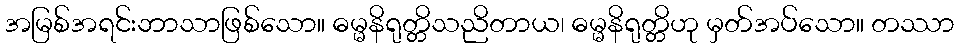
အမြစ်အရင်းဘာသာဖြစ်သော။ ဓမ္မနိရုတ္တိသညိတာယ၊ ဓမ္မနိရုတ္တိဟု မှတ်အပ်သော။ တဿာ